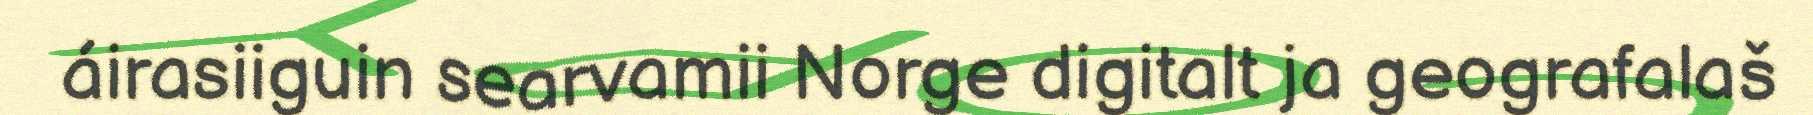
áirasiiguin searvamii Norge digitalt ja geografalaš